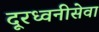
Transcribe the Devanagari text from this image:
दूरध्वनीसेवा